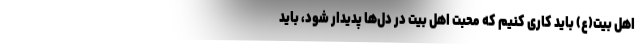
اهل بیت(ع) باید کاری کنیم که محبت اهل بیت در دل‌ها پدیدار شود، باید